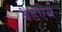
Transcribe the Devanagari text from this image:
बैडऐस